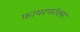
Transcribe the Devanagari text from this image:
फ़ायरफॉक्स